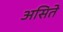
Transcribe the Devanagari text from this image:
असिते